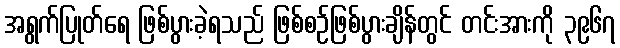
အရွက်ပြုတ်ရေ ဖြစ်ပွားခဲ့ရသည် ဖြစ်စဉ်ဖြစ်ပွားချိန်တွင် တင်းအားကို ၃၉၆၇